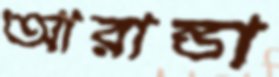
আরান্ডা